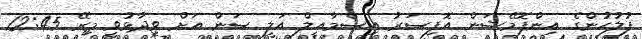
ފުލުހުންގެ އިންފޮމޭޝަން އޮފިސަރު އިސްމާއީލް އަލީ ސަން އަށް ވިދާޅުވީ މިރޭ 12:45